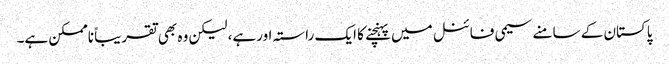
پاکستان کے سامنے سیمی فائنل میں پہنچنے کا ایک راستہ اورہے، لیکن وہ بھی تقریباً ناممکن ہے۔